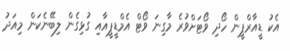
އެކު ޑީއާރްޕީން ހޯދި ވޯޓަށްވުރެ މާގިނަ ވޯޓް އެމްޑީޕީއާއި ގުޅިގެން ލިބޭނެކަން މިއަދު